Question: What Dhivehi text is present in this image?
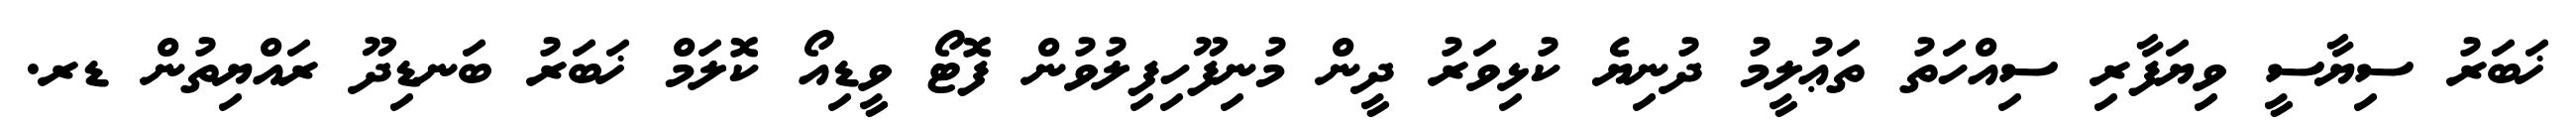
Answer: ޚަބަރު ސިޔާސީ ވިޔަފާރި ސިއްހަތު ތަޢުލީމު ދުނިޔެ ކުޅިވަރު ދީން މުނިފޫހިފިލުވުން ފޮޓޯ ވީޑިއޯ ކޮލަމް ޚަބަރު ބަނޑިދޫ ރައްޔިތުން ޑރ.